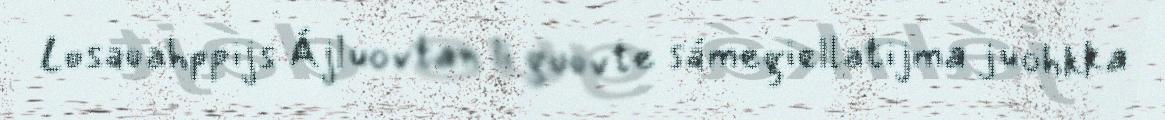
Losaoahppijs Ájluovtan li guovte sámegiellatijma juohkka